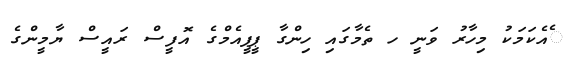
ެއެކަމަކު މިހާރު ވަނީ ހ ތެމާގައި ހިންގާ ޕީޕީއެމްގެ އޮފީސް ރައީސް ޔާމީންގެ